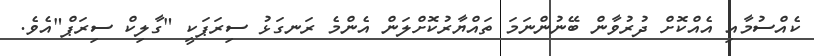
ކެއްސުމާއި އެއްކޮށް ދުރުވާން ބޭނުންނަމަ ތައްޔާރުކޮށްލަން އެންމެ ރަނގަޅު ސިރަޕަކީ "ގާލިކް ސިރަޕް"އެވެ.